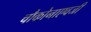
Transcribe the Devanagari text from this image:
चौकोनाएवजी